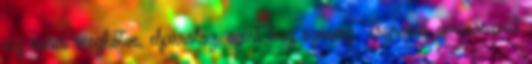
víz nincs megkötve, elpárolog, ezért lesz száraz. Tryrosin aminosavat